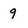
Character: 9